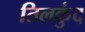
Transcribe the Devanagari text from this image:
तिलकुंद